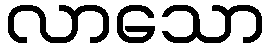
လာသော